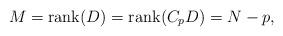
LaTeX: \begin{align*}M=\hbox{rank} (D)=\hbox{rank} (C_pD)=N-p,\end{align*}